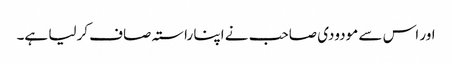
اور اس سے مودودی صاحب نے اپنا راستہ صاف کرلیا ہے۔